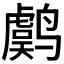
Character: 𱊫